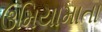
ઉમિયામાતા